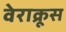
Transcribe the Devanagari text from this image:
वेराक्रूस